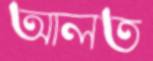
আলত